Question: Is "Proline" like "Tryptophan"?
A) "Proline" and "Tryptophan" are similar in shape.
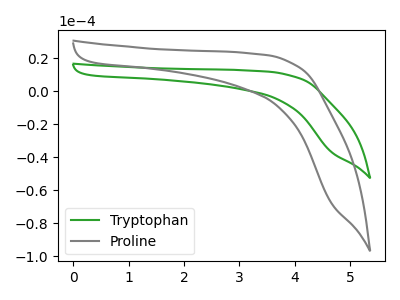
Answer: <think>The green curve "Tryptophan" has no peaks. The gray curve "Proline" has no peaks.
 Neither "Proline" or "Tryptophan" have any peaks.</think>
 <answer>A) "Proline" and "Tryptophan" are similar in shape.</answer>
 <eval>A</eval>